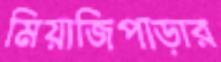
মিয়াজিপাড়ার